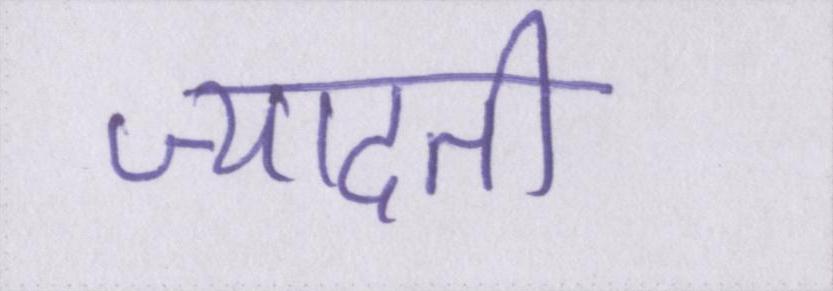
ज्यादती